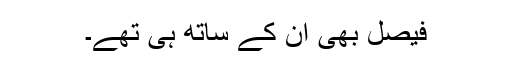
فیصل بھی ان کے ساتھ ہی تھے۔